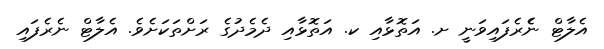
އެލާޓް ނެެރެފައިވަނީ ށ. އަތޮޅާއި ކ. އަތޮޅާއި ދެމެދުގެ ރަށްތަކަށެވެ. އެލާޓް ނެެރެފައި